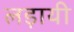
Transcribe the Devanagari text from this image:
लड़ायी